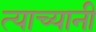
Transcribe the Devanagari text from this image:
त्याच्यानी